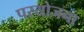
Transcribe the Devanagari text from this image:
परयोजना